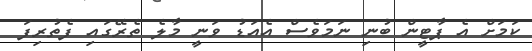
ކަމަށް އެ ޕާޓީން ބުނި ނަމަވެސް އެއަޑު ވަނީ މާލެ ތެރޭގައި ފެތުރިފަ